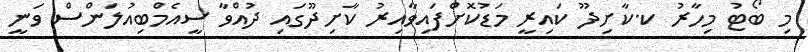
މި ބޯޓު މިހާރު ކ.ކާށިދޫ ކައިރީ މަޑުކޮށްފައިވާއިރު ކާށިދޫގައި ދުއްވާ ސީއެމްބިއުލަންސް ވަނީ